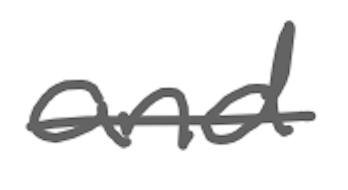
Text: and
Cross-out: single-line
Writing tool: digital_gray